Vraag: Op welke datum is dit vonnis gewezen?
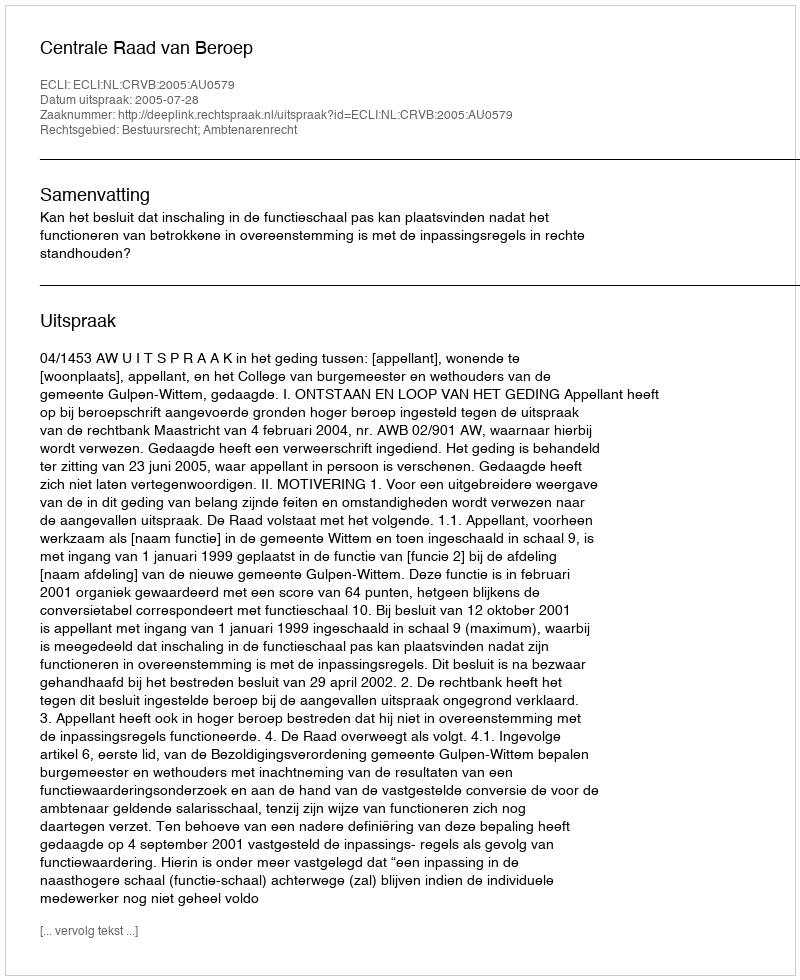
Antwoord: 2005-07-28